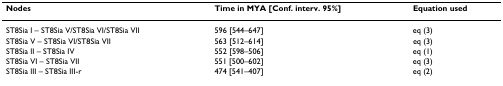
| Nodes | Time in MYA [Conf. interv. 95%] | Equation used |
 | --- | --- | --- |
 | ST8Sia I – ST8Sia V/ST8Sia VI/ST8Sia VII | 596 [544–647] | eq (3) |
 | ST8Sia V – ST8Sia VI/ST8Sia VII | 563 [512–614] | eq (3) |
 | ST8Sia II – ST8Sia IV | 552 [598–506] | eq (1) |
 | ST8Sia VI – ST8Sia VII | 551 [500–602] | eq (3) |
 | ST8Sia III – ST8Sia III-r | 474 [541–407] | eq (2) |